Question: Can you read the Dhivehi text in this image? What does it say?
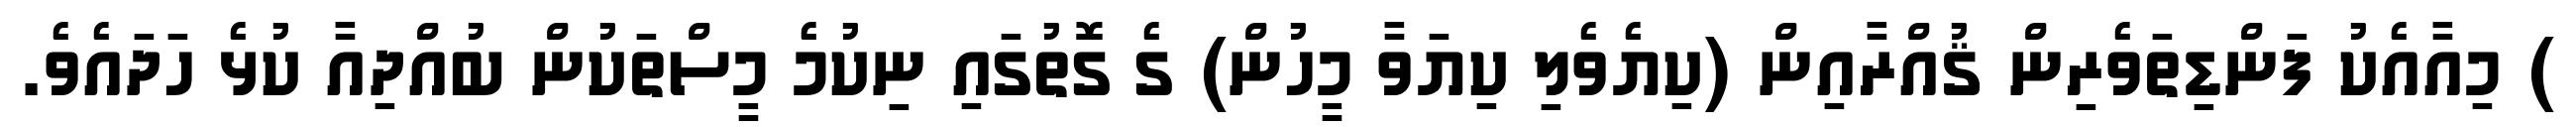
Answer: ) މިއާއެކު ފަންޑިތަވެރިން ޤުއްރާއިން (ކިޔެވެލި ކިޔަވާ މީހުން) ގެ ގޮތުގައި ނިކުމެ މީސްތަކުން ބުއްދިއާ ކުޅެ ހަދައެވެ.